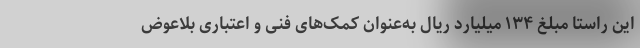
این راستا مبلغ ۱۳۴ میلیارد ریال به‌عنوان کمک‌های فنی و اعتباری بلاعوض